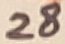
Text: 28